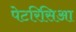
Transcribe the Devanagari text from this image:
पेटरिसिआ